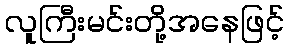
လူကြီးမင်းတို့အနေဖြင့်